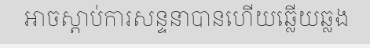
អាចស្តាប់ការសន្ទនាបានហើយឆ្លើយឆ្លង